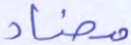
مضاد